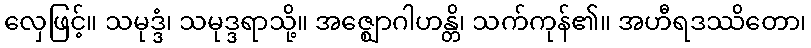
လှေဖြင့်။ သမုဒ္ဒံ၊ သမုဒ္ဒရာသို့။ အဇ္ဈောဂါဟန္တိ၊ သက်ကုန်၏။ အဟီရဒဿိတော၊